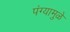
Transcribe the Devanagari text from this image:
पंग्यामुळे